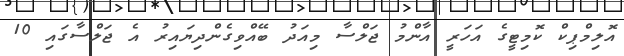
އޮލިމްޕިކް ކޮމިޓީގެ އަހަރީ އާންމު ޖަލްސާ މިއަދު ބޭއްވިގެންދިޔައިރު އެ ޖަލްސާގައި 10